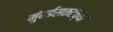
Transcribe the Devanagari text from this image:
मुंबईसकटच्या